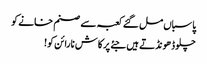
پاسباں مل گئے کعبہ سے صنم خانے کو
چلو ڈھونڈتے ہیں جئے پرکاش نارائن کو!